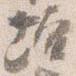
壇